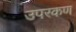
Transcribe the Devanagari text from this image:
उपरकण